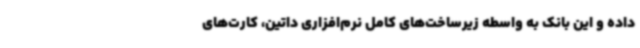
داده و این بانک به واسطه زیرساخت‌های کامل نرم‌افزاری داتین، کارت‌های